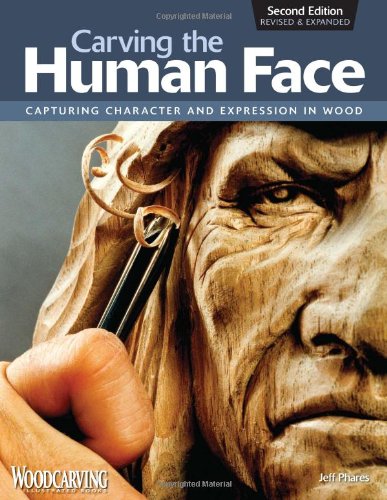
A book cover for Carving the Human Face, Second Edition, Revised & Expanded: Capturing Character and Expression in Wood; Jeff Phares; Crafts, Hobbies & Home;